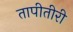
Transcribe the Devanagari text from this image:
तापीतीरी